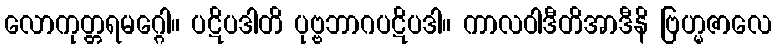
လောကုတ္တရမဂ္ဂေါ။ ပဋိပဒါတိ ပုဗ္ဗဘာဂပဋိပဒါ။ ကာလဝါဒီတိအာဒီနိ ဗြဟ္မဇာလေ